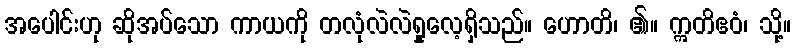
အပေါင်းဟု ဆိုအပ်သော ကာယကို တလုံလဲလဲရှုလေ့ရှိသည်။ ဟောတိ၊ ၏။ ဣတိဧဝံ၊ သို့။